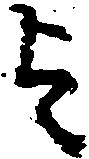
を